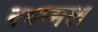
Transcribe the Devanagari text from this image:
नगम्मल